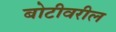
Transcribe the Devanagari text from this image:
बोटीवरील